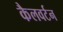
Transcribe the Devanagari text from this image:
कैलवर्टन